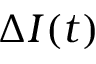
\Delta I ( t )